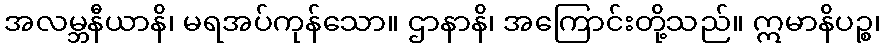
အလမ္ဘနီယာနိ၊ မရအပ်ကုန်သော။ ဌာနာနိ၊ အကြောင်းတို့သည်။ ဣမာနိပဉ္စ၊